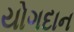
યોગદાન